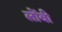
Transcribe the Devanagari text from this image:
लोंबी